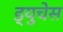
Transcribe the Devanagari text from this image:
ड्युचेस